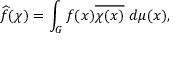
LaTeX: { \widehat { f } } ( \chi ) = \int _ { G } f ( x ) { \overline { { \chi ( x ) } } } \ d \mu ( x ) ,